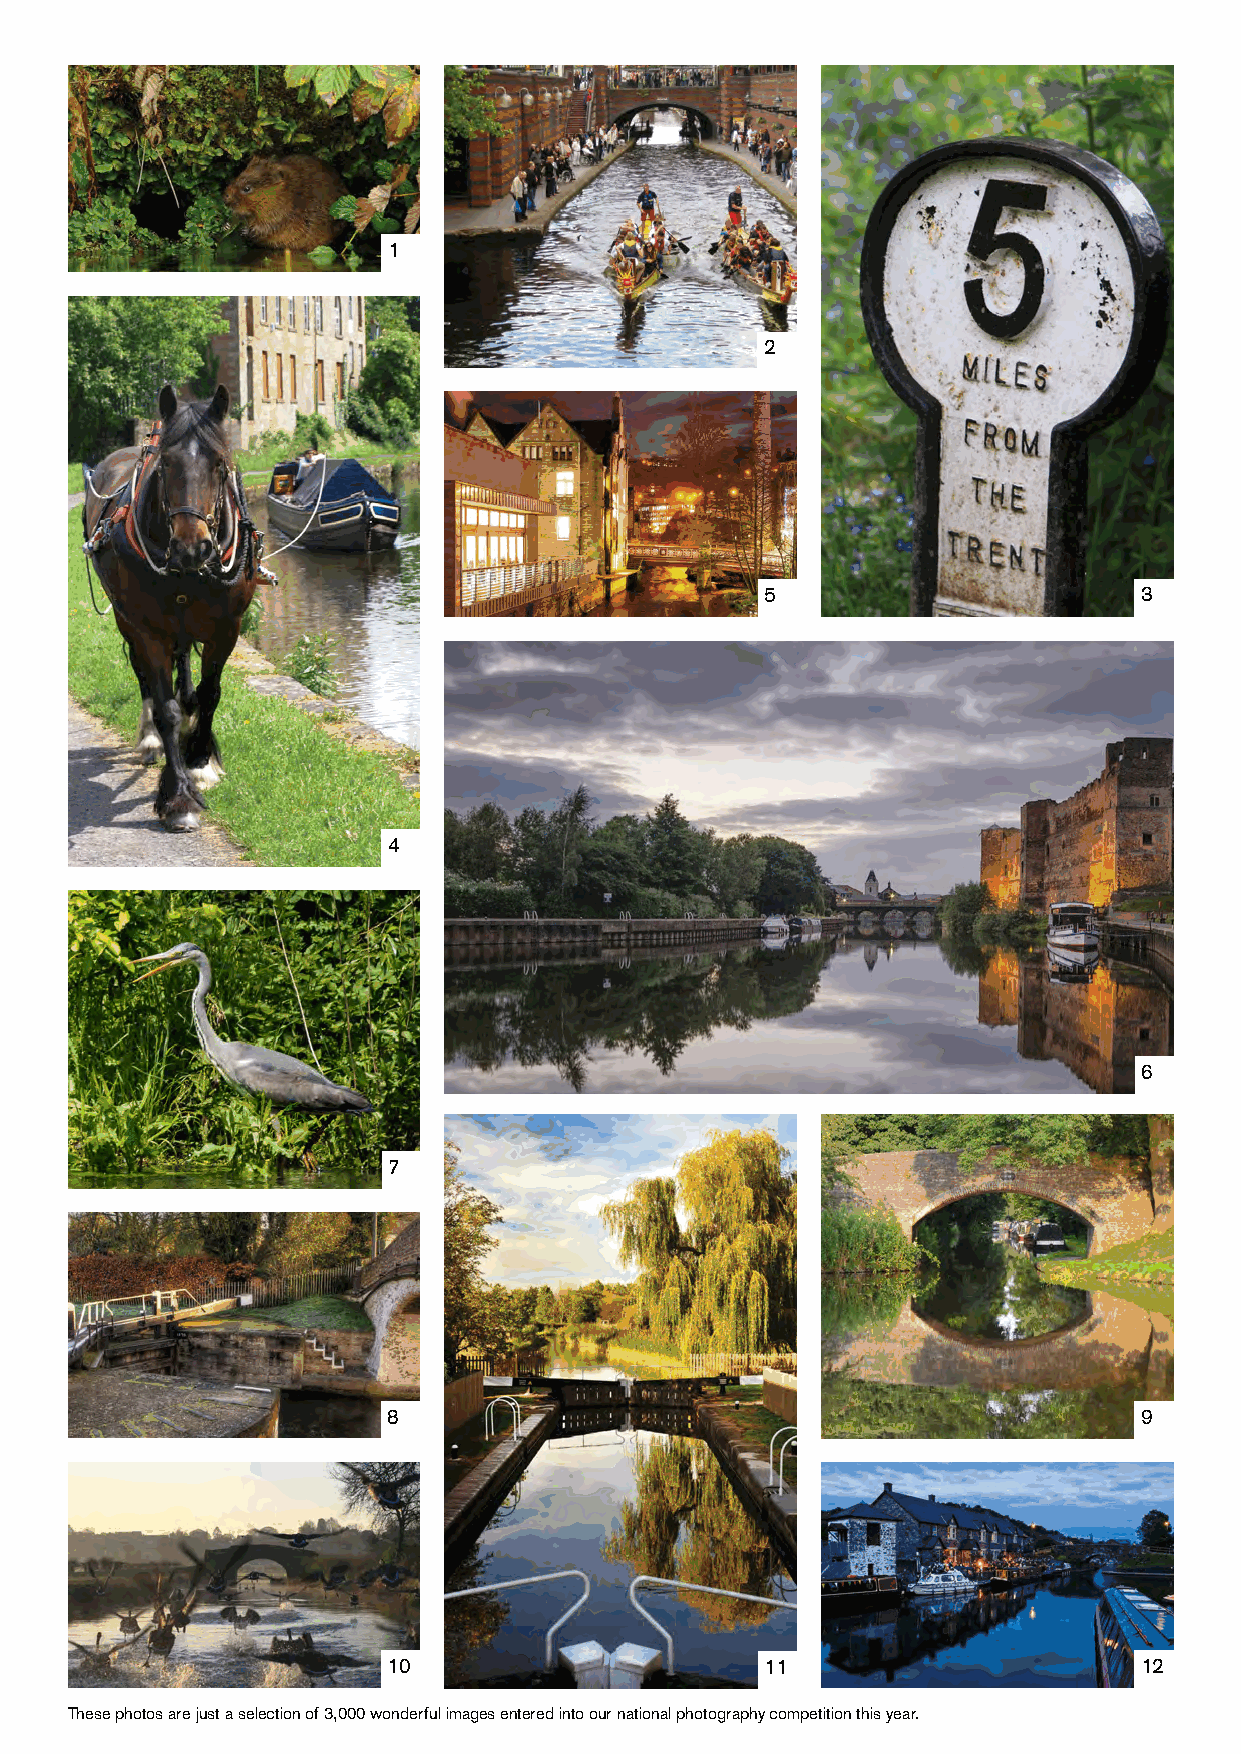
1
 2
 5                       3
 4
 6
 7
 8                                                9
 10                       11                      12
 These photos are just a selection of 3,000 wonderful images entered into our national photography competition this year.